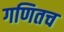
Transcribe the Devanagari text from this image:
गणितच